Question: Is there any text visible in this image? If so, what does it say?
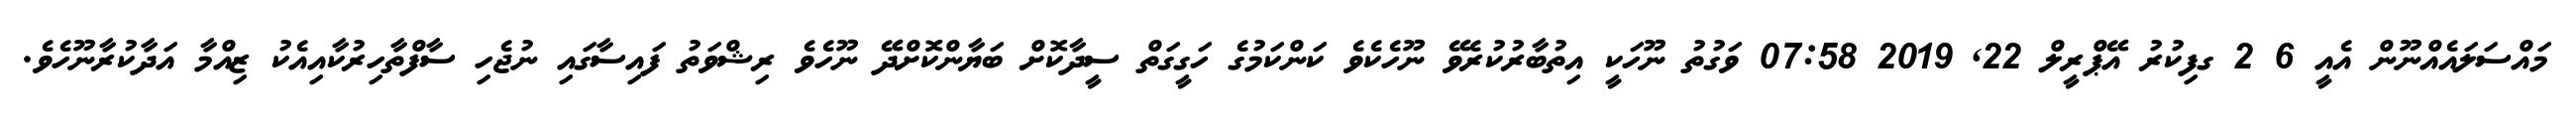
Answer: މައްސަލައެއްނޫން އެއީ 6 2 ގފިކުރު އޭޕްރީލް 22, 2019 07:58 ވަގުތު ނޫހަކީ އިތުބާރުކުރެވޭ ނޫހެކެވެ ކަންކަމުގެ ހަގީގަތް ސީދާކޮށް ބަޔާންކޮށްދޭ ނޫހެވެ ރިޝްވަތު ފައިސާގައި ނުޖެހި ސާފްތާހިރުކާއިއެކު ޒިއްމާ އަދާކުރާނޫހެވެ.